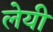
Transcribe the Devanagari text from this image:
लेयी